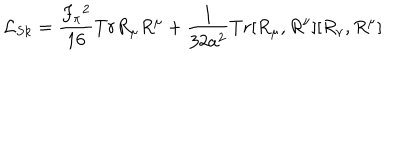
{ \cal L } _ { S k } = \frac { F _ { \pi } { ^ 2 } } { 1 6 } T r R _ { \mu } R ^ { \mu } + \frac { 1 } { 3 2 a ^ { 2 } } T r [ R _ { \mu } , R ^ { \nu } ] [ R _ { \nu } , R ^ { \mu } ]